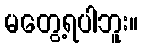
မတွေ့ရပါဘူး။